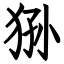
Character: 狲